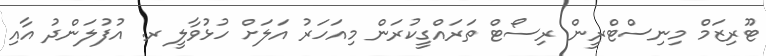
ޓޫރިޒަމް މިނިސްޓްރީން ރިސޯޓް ތަރައްގީކުރަން މިއަހަރު އަލަށް ހުޅުވާލީ ރ. އުފުލަންދު އާއި